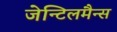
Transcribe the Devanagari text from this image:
जेन्टिलमैन्स